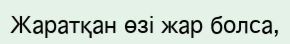
Жаратқан өзі жар болса,